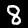
Label: 8